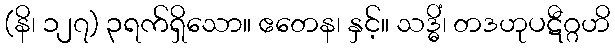
(နိ၊ ၁၂၇) ၃ရက်ရှိသော။ ဧတေန၊ နှင့်။ သဒ္ဓိံ၊ တဒဟုပဋီဂ္ဂဟိ